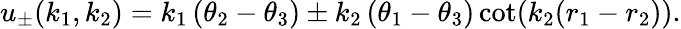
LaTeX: u_{\pm}(k_{1},k_{2})=k_{1}\left(\theta_{2}-\theta_{3}\right)\pm k_{2}\left(\theta_{1}-\theta_{3}\right)\cot(k_{2}(r_{1}-r_{2})).